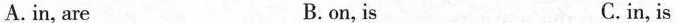
A.in, are B.on,is C.in, is